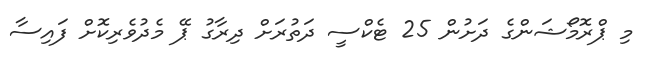
މި ޕްރޮމޯޝަންގެ ދަށުން 25 ޓެކްސީ ދަތުރަށް ދިރާގު ޕޭ މެދުވެރިކޮށް ފައިސާ